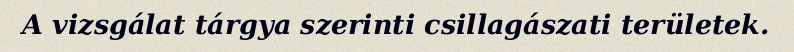
A vizsgálat tárgya szerinti csillagászati területek.